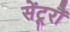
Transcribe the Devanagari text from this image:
सेंटूरौं